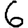
Digit: 6